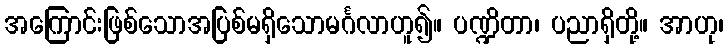
အကြောင်းဖြစ်သောအပြစ်မရှိသောမင်္ဂလာဟူ၍။ ပဏ္ဍိတာ၊ ပညာရှိတို့။ အာဟု၊